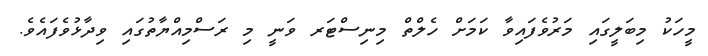
މީހަކު މިބަލީގައި މަރުވެފައިވާ ކަމަށް ހެލްތް މިނިސްޓަރ ވަނީ މި ރަސްމިއްޔާތުގައި ވިދާޅުވެފައެވެ.